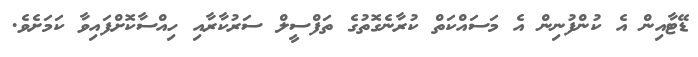
ޑޭޓާއިން އެ ކުންފުނިން އެ މަސައްކަތް ކުރާނެގޮތުގެ ތަފްސީލް ސަރުކާރާއި ހިއްސާކޮށްފައިވާ ކަމަށެވެ.